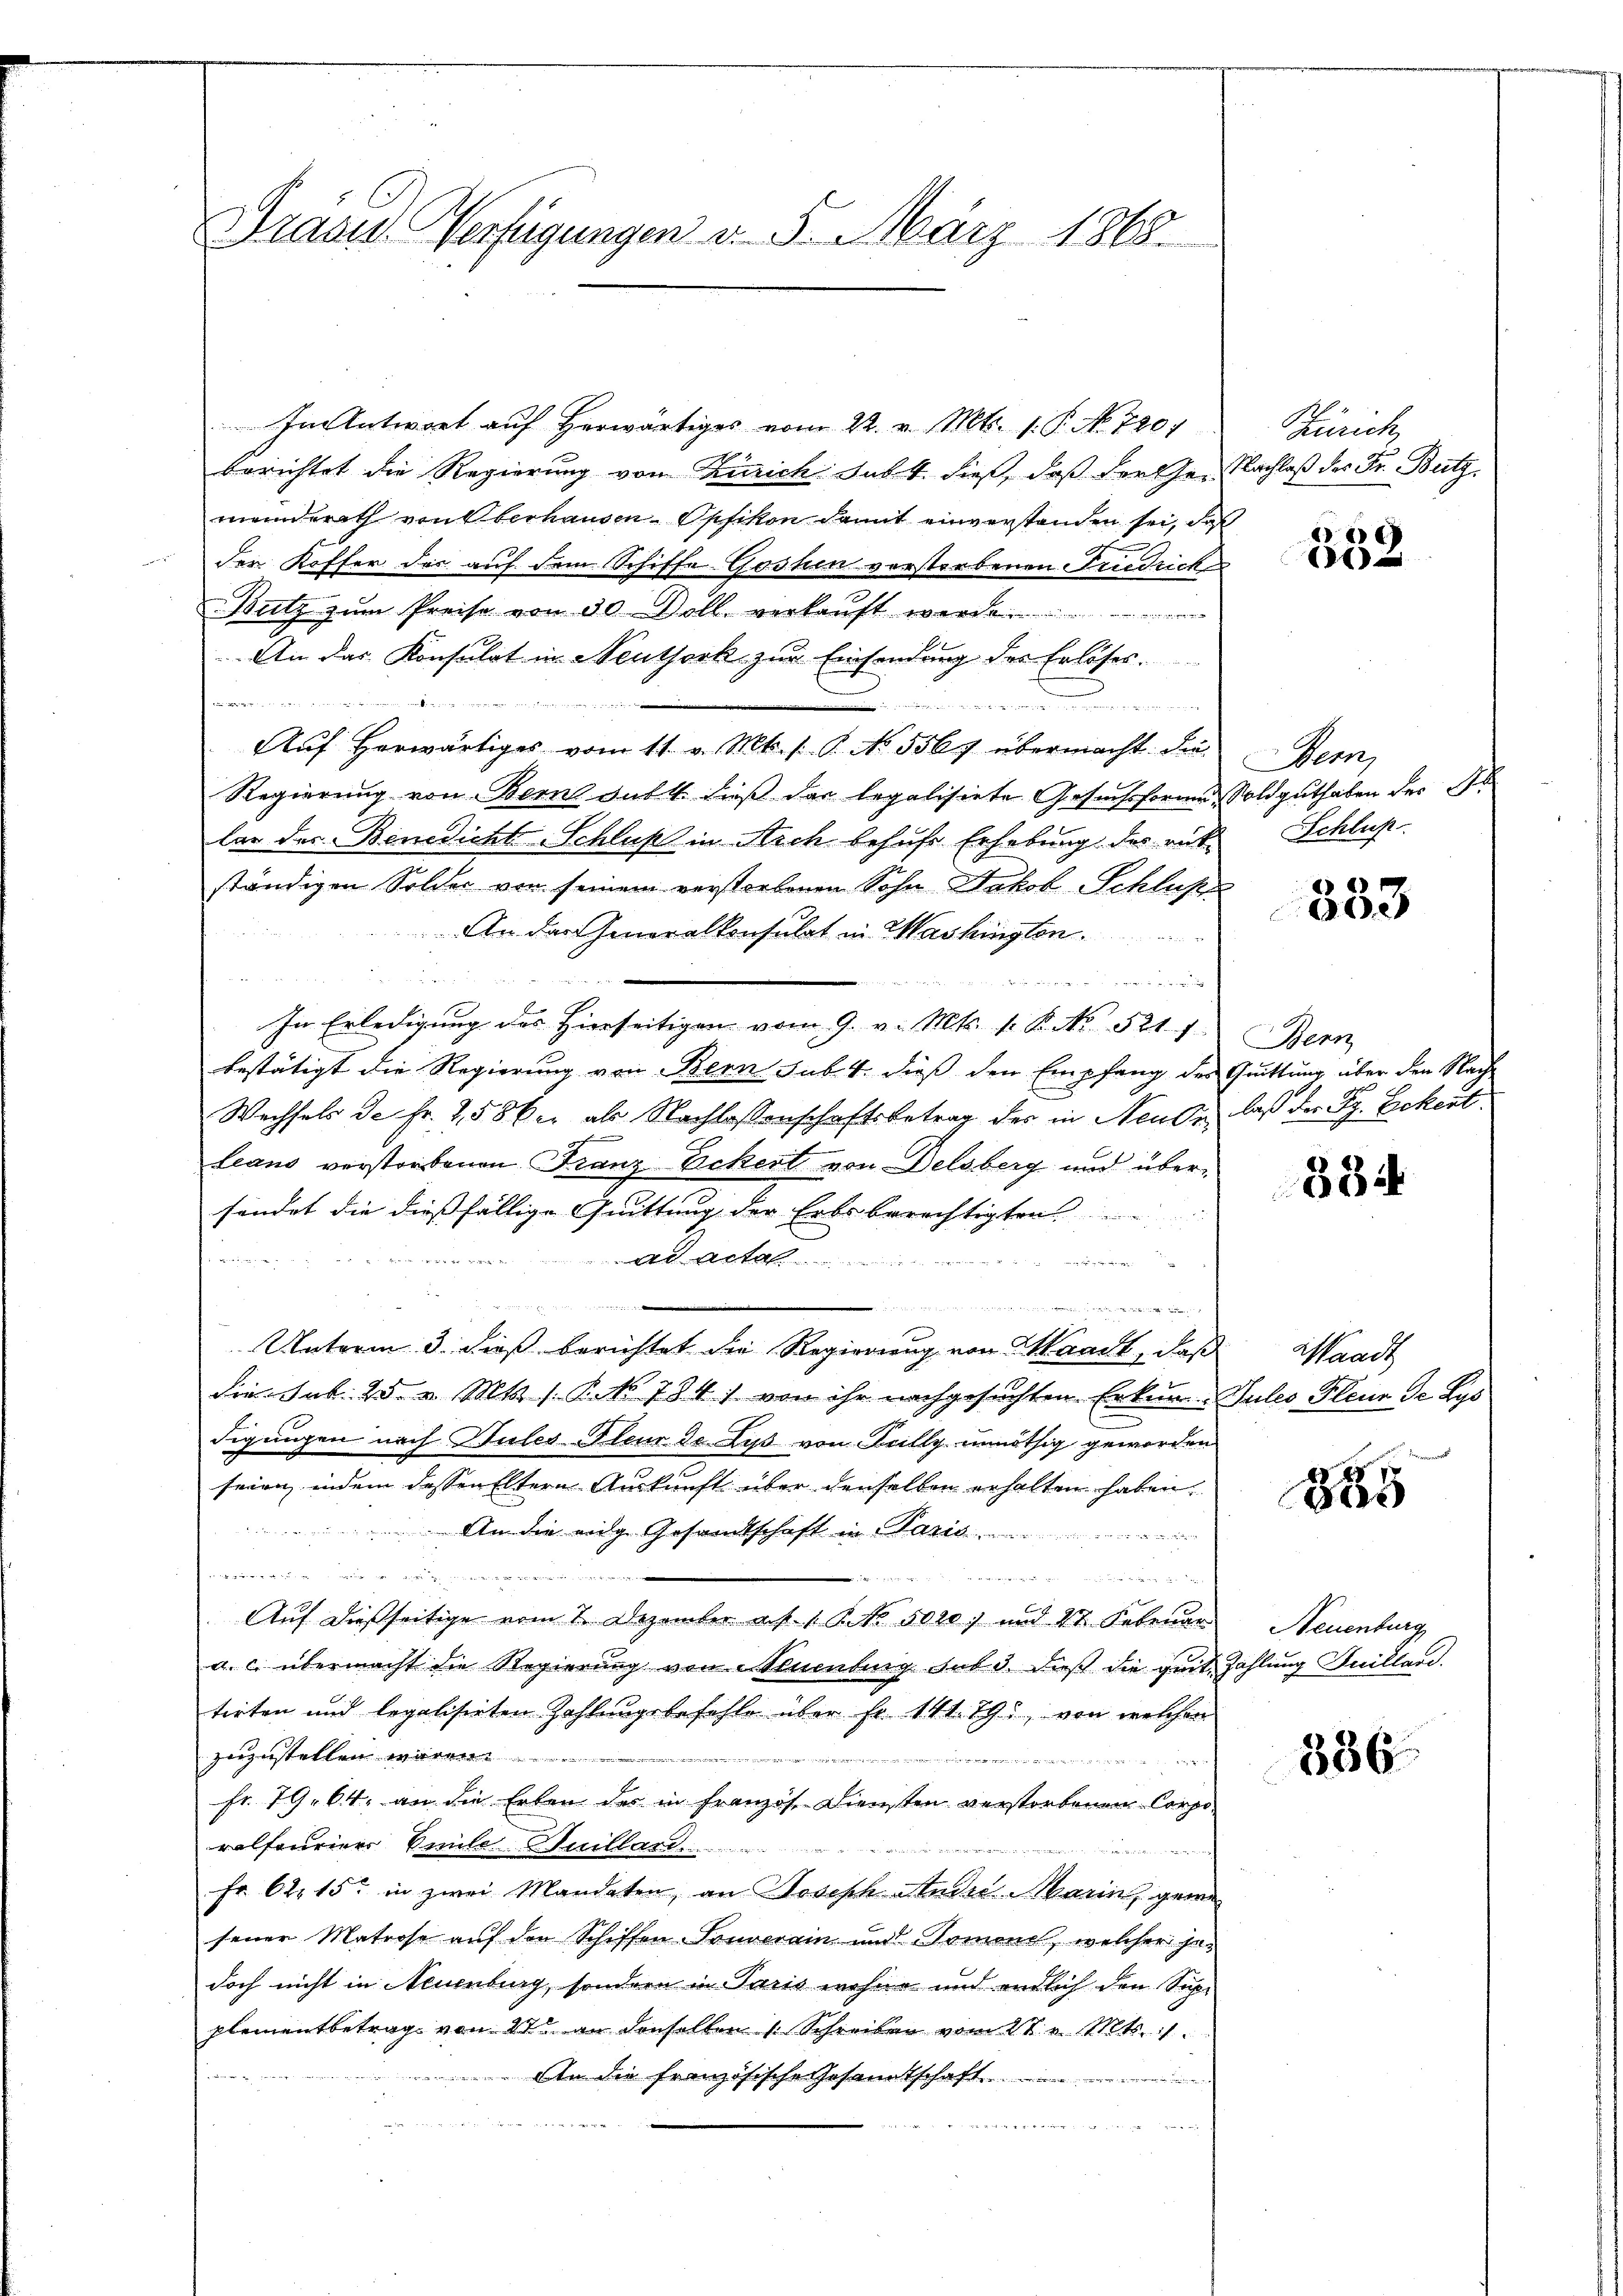
Präses Verfügungen v. 5. März 1868.

In Antwort aŭf herwärtiges vom 22. v. Mts. 1. P. No. 720)
Berichtet die Regierung von Zürich subt. dieß, daß der Gemeinderath von Oberhausen Opfikon damit einverstanden sei,
der Koffer das auf dem Schiffe-Goshen verstorbenen Friedrick
Butz zŭm Preise von 30 Doll. verkaŭft w
An das Konsulat in Neuthork zur Einsendung des Erlöses.
r
rais einen gethei

Auf herwärtiges vom 11. v. Mts. s. P. No. 556 f übermacht. Die
Regierung von Bern sub 1. dieß das legalisirte Gesuchsformi
lar des Benedicht-Schluß in Stich behufe Erhebung des aus
ständigen Solder von seinem verstorbenen Sohn Jakob Schlus
An das Generalkonsulat in Washingten

In Erledigung des hierseitigen vom 9. v. Mts. 1. K. No 5211. Bern
bestätigt die Regierung von Bern sub. 4. dieß den Empfang des Quittung über den Nach¬
Wechsels de Fr. 258 bei als Nachlassenschaftsbetrag der in Neude, daß der Sr. Eckentleaus verstorbenen Franz Eckert von Delsberg und übersendet die diesfällige Quittung der Erbsberechtigten

wen wer gegen
.
e

Unterm 3. dieß berichtet die Regierung von Waadt, daß Waadt
die Jnb. 25. v. Mts. 1 R. N. 784) von ihr nachgesuchten Erkun
digungen nach Bules-Fleur de des von Filly unnöthig geworden
seien, indem dessen Eltern Auskunft über denselben erhalten haben.
 An die ange Gesandtschaft in Paris
ge wegen in den wollen an den an die
 gegen eigen
Auf dießseitige vom 1. Dezember ad 1 R. No. 5020) und 27. Februar
u. c. übermacht die Regierung von Muenburg sub d. dieß die Zeit-
tirten und legalisirten Zahlungsbefehle über fr. 141. 79., von welchen
zuzustellen wären.
u

Fr. 79. 64. an die Erben der in Französ. Diensten verstorbenen Corpo
ralfeurier Emile sullar........................
Fr 62. 15 in zwei Mandeten, an Joseph Ander Marin, gem
sener Matrose auf den Schiffen-Touverain und Tomoni, welcher jedoch nicht in Neuenburg, sondern in Paris wohne und endlich den Supplementbetrag von 47 an denselben v. Schreiben vom 28. v. Mts. 1

 An die französische Gesamtschaft .................
auch genen 11 den und Zuges

Zürich
Nachlaß der Fr. Butz.

352

Bem
Besoldguthaben der Ge
Schluss.

d
033

334

Jules Fleur de Sys

885

Neuenburg
 Zahlung Silland.

386.